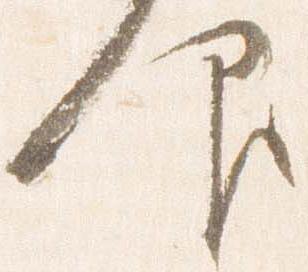
仰